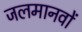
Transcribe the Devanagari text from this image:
जलमानवों